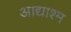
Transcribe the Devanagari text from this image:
आद्याश्म